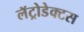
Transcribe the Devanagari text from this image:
लॅट्रोडेक्टस